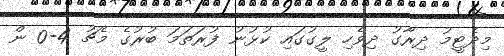
މިދެޓީމު ދިރާގު ދިވެހި ލީގުގައި ކުޅުނު ފުރަތަމަ ބުރުގެ މެޗު 4-0 ން